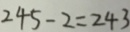
2 4 5 - 2 = 2 4 3